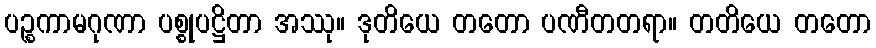
ပဉ္စကာမဂုဏာ ပစ္စုပဋ္ဌိတာ အဿု။ ဒုတိယေ တတော ပဏီတတရာ။ တတိယေ တတော